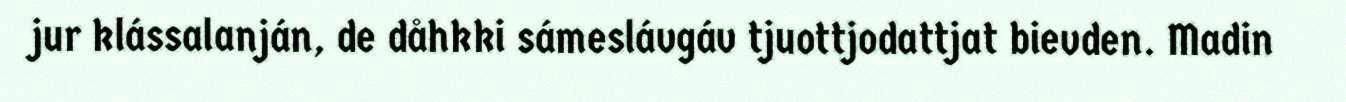
jur klássalanján, de dåhkki sámeslávgáv tjuottjodattjat bievden. Madin